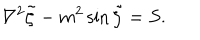
{ \nabla ^ { 2 } \tilde { \zeta } - m ^ { 2 } \sin \tilde { \zeta } = S } .